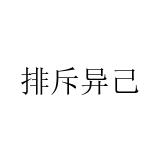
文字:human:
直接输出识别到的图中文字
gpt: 排斥异己